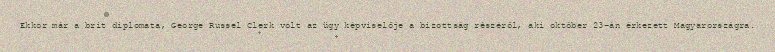
Ekkor már a brit diplomata, George Russel Clerk volt az ügy képviselője a bizottság részéről, aki október 23-án érkezett Magyarországra.